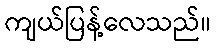
ကျယ်ပြန့်လေသည်။